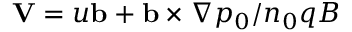
\mathbf { V } = u \mathbf { b } + \mathbf { b } \times \nabla p _ { 0 } / n _ { 0 } q B